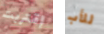
إقتربت للأب